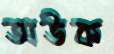
অউক